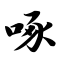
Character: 啄